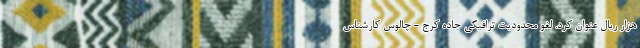
هزار ریال عنوان کرد. لغو محدودیت ترافیکی جاده کرج - چالوس کارشناس